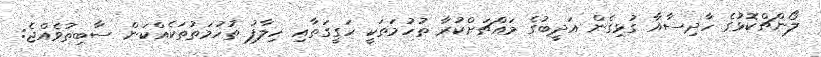
ލޯންޗްކޮޅުގެ ހާދިސާއާ ގުޅިގެން އަދީބުގެ މައްޗަށްކުރާ ތުހުމަތަކީ ހަގީގަތާއި ހިލާފު ތުހުމަތުތަކެއްކަން ސާބިތުވެއްޖެ: